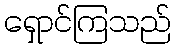
ရှောင်ကြသည်